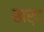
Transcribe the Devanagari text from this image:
खर्द